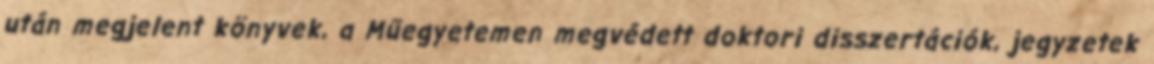
után megjelent könyvek, a Műegyetemen megvédett doktori disszertációk, jegyzetek